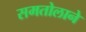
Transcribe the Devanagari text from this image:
समतोलाने